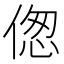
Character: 偬